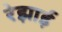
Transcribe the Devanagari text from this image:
रेझाई